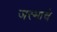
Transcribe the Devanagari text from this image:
जस्माचे